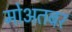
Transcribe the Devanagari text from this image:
मोअतबर